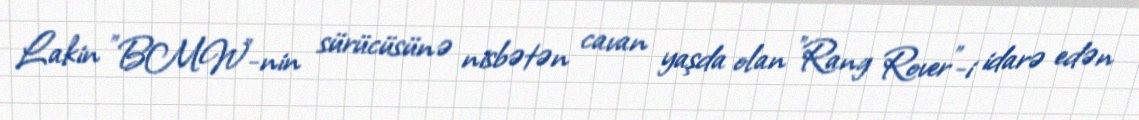
Lakin "BMW”-nin sürücüsünə nisbətən cavan yaşda olan "Rang Rover”-i idarə edən